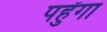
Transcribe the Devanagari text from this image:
पहुँगा